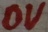
Text: 0V